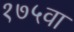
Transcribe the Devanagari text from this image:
१७५वा